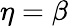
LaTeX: \eta=\beta